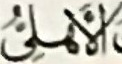
الأهلى